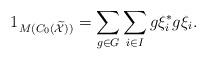
LaTeX: \begin{align*}1_{M(C_0(\widetilde{\mathcal{X}}))} = \sum_{g\in G}^{} \sum_{i\in I}^{}g\xi^*_i g\xi_i.\end{align*}